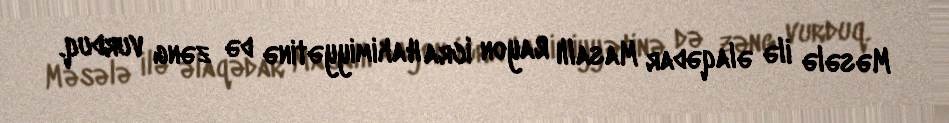
Məsələ ilə əlaqədar Masallı Rayon İcra Hakimiyyətinə də zəng vurduq.